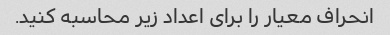
انحراف معیار را برای اعداد زیر محاسبه کنید.